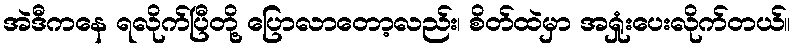
အဲဒီကနေ ရလိုက်ပြီတို့ ပြောလာတော့လည်း၊ စိတ်ထဲမှာ အရှုံးပေးလိုက်တယ်။